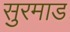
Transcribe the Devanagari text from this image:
सुरमाड